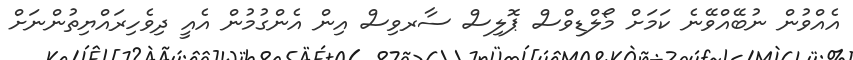
އެއްވުން ނުބޭއްވޭނެ ކަމަށް މޯލްޑިވްސް ޕޮލިސް ސާރވިސް އިން އެންގުމުން އެއީ ދިވެހިރަައްޔިތުންނަށް